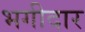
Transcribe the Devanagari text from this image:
भगीदार